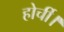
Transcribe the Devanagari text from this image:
होर्ची।